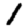
Digit: 1